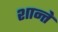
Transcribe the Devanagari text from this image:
शान्ते